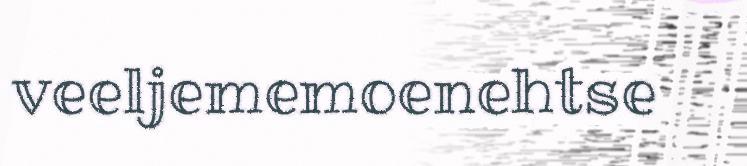
veeljememoenehtse